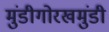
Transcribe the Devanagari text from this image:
मुंडीगोरखमुंडी